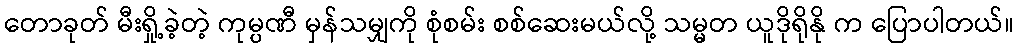
တောခုတ် မီးရှို့ခဲ့တဲ့ ကုမ္ပဏီ မှန်သမျှကို စုံစမ်း စစ်ဆေးမယ်လို့ သမ္မတ ယူဒိုရိုနို က ပြောပါတယ်။